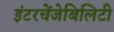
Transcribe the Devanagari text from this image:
इंटरचेंजेबिलिटी